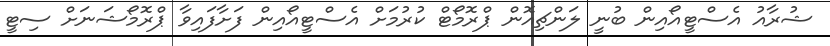
ޝުރާއު އެސްޓީއޯއިން ބުނީ ލަންޗިއޮން ޕްރޮމޯޓް ކުރުމަށް އެސްޓީއޯއިން ފަށާފައިވާ ޕްރޮމޯޝަނަށް ސިޓީ